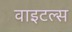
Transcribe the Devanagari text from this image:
वाइटल्स